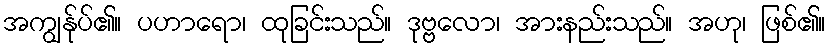
အကျွန်ုပ်၏။ ပဟာရော၊ ထုခြင်းသည်။ ဒုဗ္ဗလော၊ အားနည်းသည်။ အဟု၊ ဖြစ်၏။